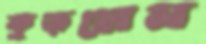
কুড়লেন